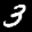
Label: 3